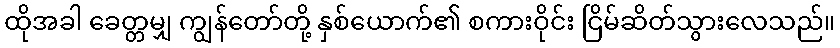
ထိုအခါ ခေတ္တမျှ ကျွန်တော်တို့ နှစ်ယောက်၏ စကားဝိုင်း ငြိမ်ဆိတ်သွားလေသည်။